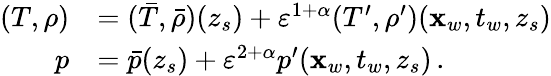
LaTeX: \begin{array}{rl}{(T,\rho)}&{=(\bar{T},\bar{\rho})(z_{s})+{\varepsilon}^{1+\alpha}(T^{\prime},\rho^{\prime})(\mathbf{x}_{w},t_{w},z_{s})}\\ {p}&{=\bar{p}(z_{s})+{\varepsilon}^{2+\alpha}p^{\prime}(\mathbf{x}_{w},t_{w},z_{s})\, .}\end{array}